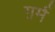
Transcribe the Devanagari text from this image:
ग़र्म